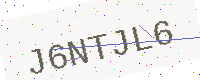
Text: J6NTJL6